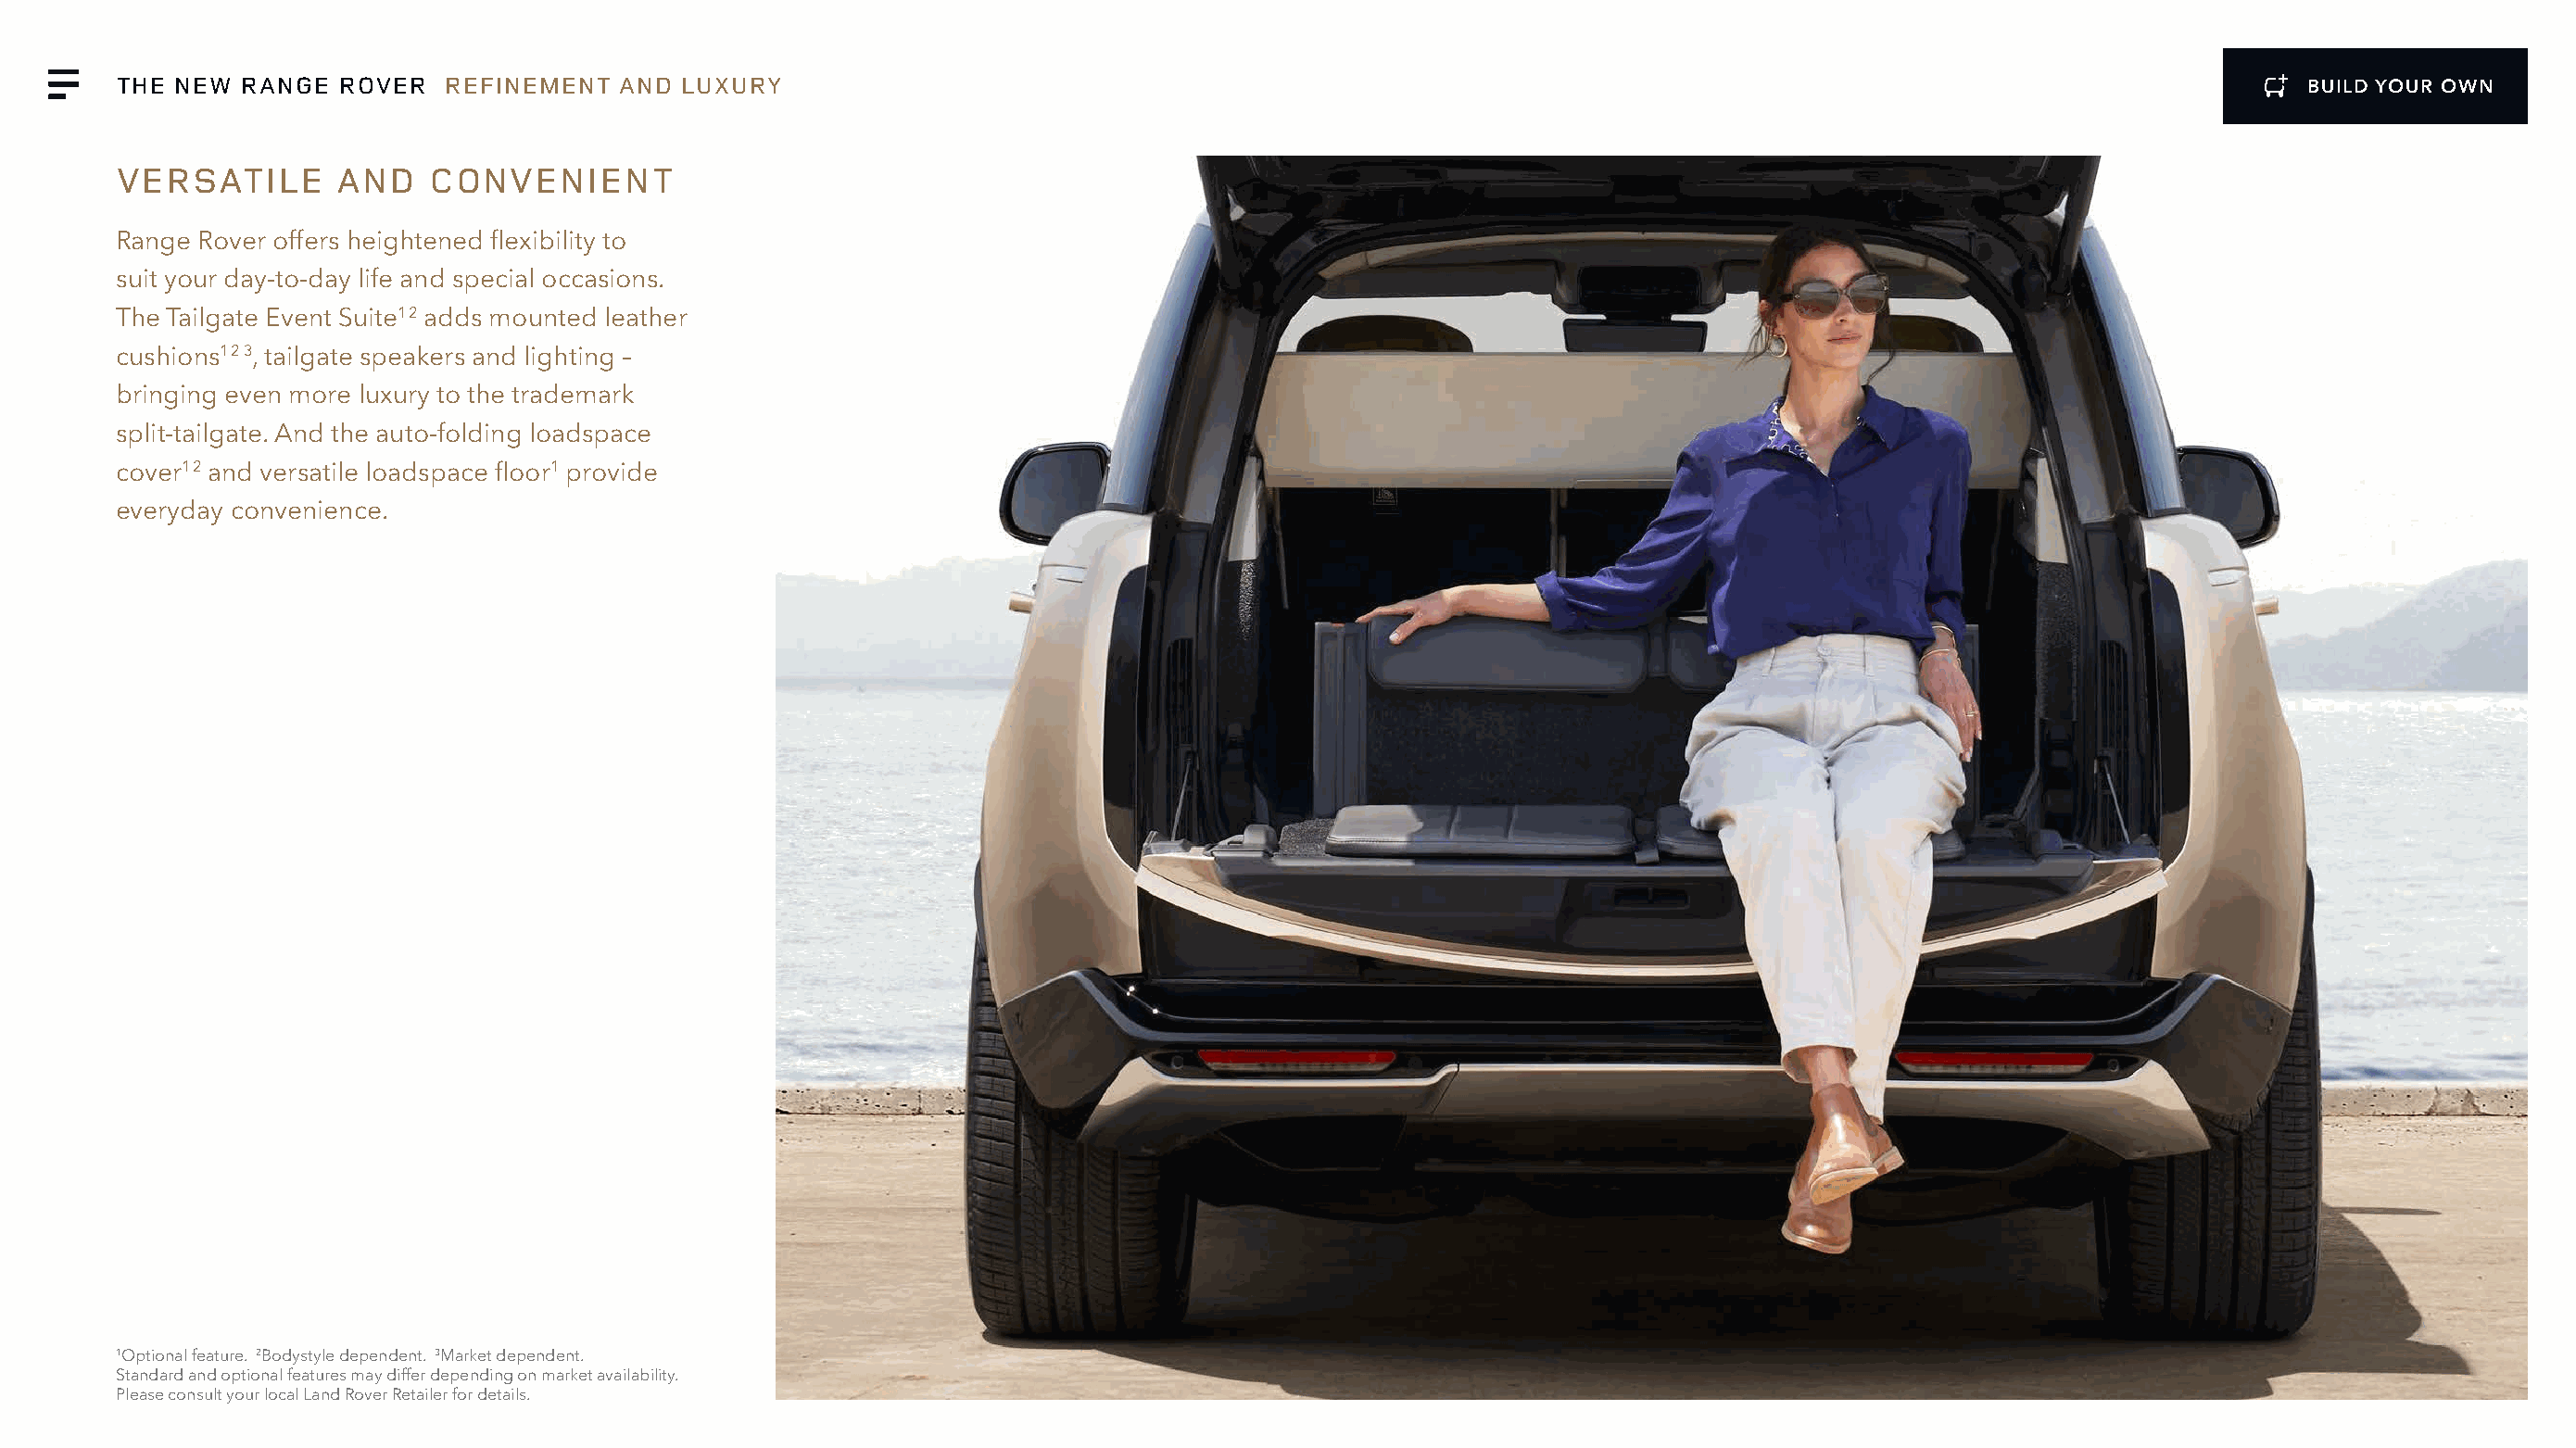
THE NEW  RANGE  ROVER   REFINEMENT  AND  LUXURY                                                                                                              BUILD YOUR OWN
 VERSATILE       AND    CONVENIENT
 Range Rover offers heightened flexibility to
 suit your day-to-day life and special occasions.
 The Tailgate Event Suite1 2 adds mounted leather
 cushions1 2 3, tailgate speakers and lighting –
 bringing even more luxury to the trademark
 split-tailgate. And the auto-folding loadspace
 cover1 2 and versatile loadspace floor1 provide
 everyday convenience.
 1Optional feature. 2Bodystyle dependent. 3Market dependent.
 Standard and optional features may differ depending on market availability.
 Please consult your local Land Rover Retailer for details.